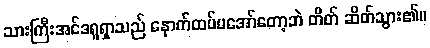
သားကြီးအင်ဒရူရှာသည် နောက်ထပ်မအော်တော့ဘဲ တိတ် ဆိတ်သွား၏။